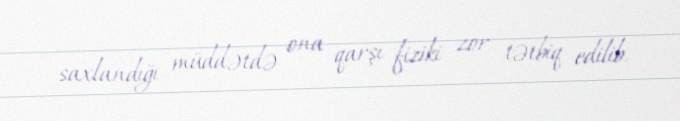
saxlandığı müddətdə ona qarşı fiziki zor tətbiq edilib.